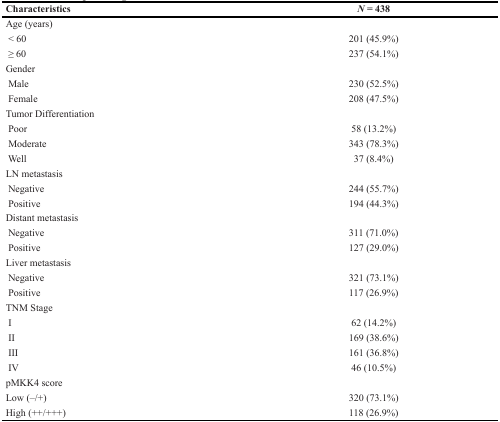
| Characteristics | N = 438 |
 | --- | --- |
 | Age (years) |  |
 | < 60 | 201 (45.9%) |
 | ≥ 60 | 237 (54.1%) |
 | Gender |  |
 | Male | 230 (52.5%) |
 | Female | 208 (47.5%) |
 | Tumor Differentiation |  |
 | Poor | 58 (13.2%) |
 | Moderate | 343 (78.3%) |
 | Well | 37 (8.4%) |
 | LN metastasis |  |
 | Negative | 244 (55.7%) |
 | Positive | 194 (44.3%) |
 | Distant metastasis |  |
 | Negative | 311 (71.0%) |
 | Positive | 127 (29.0%) |
 | Liver metastasis |  |
 | Negative | 321 (73.1%) |
 | Positive | 117 (26.9%) |
 | TNM Stage |  |
 | I | 62 (14.2%) |
 | II | 169 (38.6%) |
 | III | 161 (36.8%) |
 | IV | 46 (10.5%) |
 | pMKK4 score |  |
 | Low (–/+) | 320 (73.1%) |
 | High (++/+++) | 118 (26.9%) |